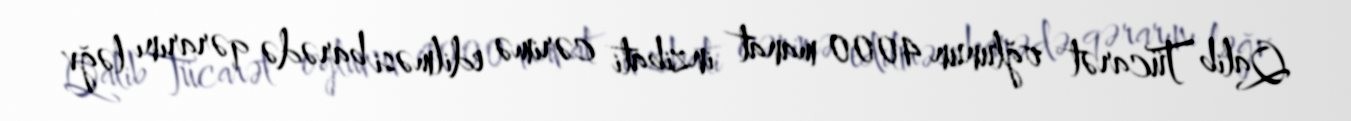
Qalib Tücarət oğlunun 4000 manat inzibati cərimə edilməsi barədə qərarını ləğv